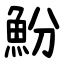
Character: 魵